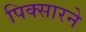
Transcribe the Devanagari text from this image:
पिक्सारने